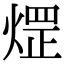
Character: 𤌗